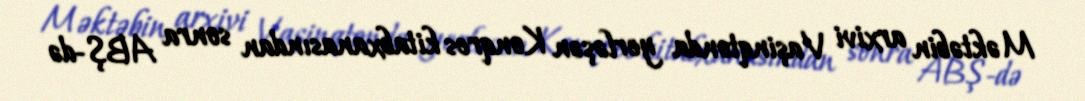
Məktəbin arxivi Vaşinqtonda yerləşən Konqres kitabxanasından sonra ABŞ-də